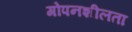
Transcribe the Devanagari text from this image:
गोपनशीलता